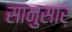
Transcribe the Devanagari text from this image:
सानुसार